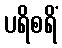
ပရိစရိံ